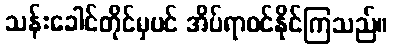
သန်းခေါင်တိုင်မှပင် အိပ်ရာဝင်နိုင်ကြသည်။